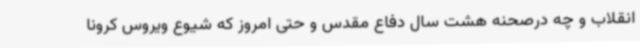
انقلاب و چه درصحنه هشت سال دفاع مقدس و حتی امروز که شیوع ویروس کرونا